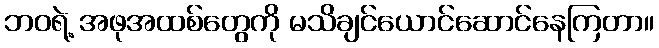
ဘဝရဲ့ အဖုအထစ်တွေကို မသိချင်ယောင်ဆောင်နေကြတာ။